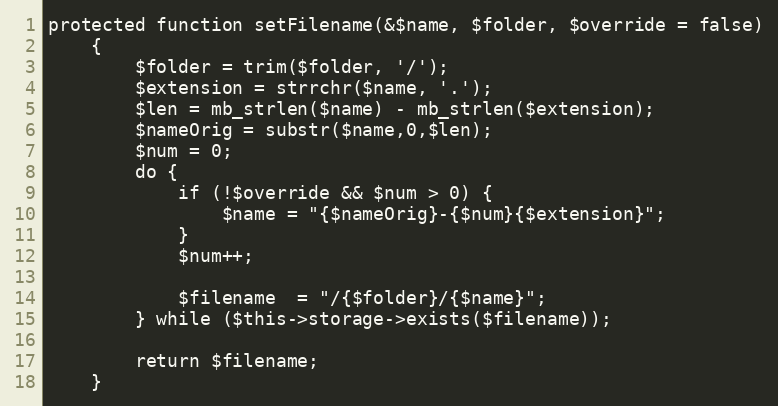
Language: PHP
protected function setFilename(&$name, $folder, $override = false)
    {
        $folder = trim($folder, '/');
        $extension = strrchr($name, '.');
        $len = mb_strlen($name) - mb_strlen($extension);
        $nameOrig = substr($name,0,$len);
        $num = 0;
        do {
            if (!$override && $num > 0) {
                $name = "{$nameOrig}-{$num}{$extension}";
            }
            $num++;

            $filename  = "/{$folder}/{$name}";
        } while ($this->storage->exists($filename));

        return $filename;
    }